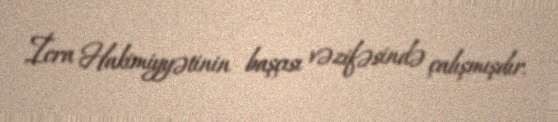
İcra Hakimiyyətinin başçısı vəzifəsində çalışmışdır.